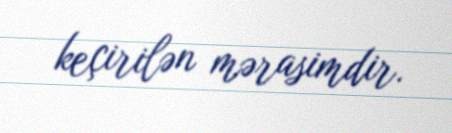
keçirilən mərasimdir.